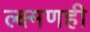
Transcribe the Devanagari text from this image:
ल्क्ष्मणही